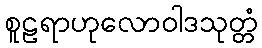
စူဠရာဟုလောဝါဒသုတ္တံ